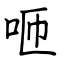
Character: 咂